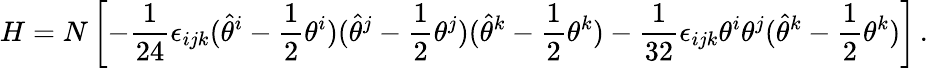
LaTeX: H=N\left[-\frac{1}{24}\epsilon_{ijk}(\hat{\theta}^{i}-\frac{1}{2}\theta^{i})(\hat{\theta}^{j}-\frac{1}{2}\theta^{j})(\hat{\theta}^{k}-\frac{1}{2}\theta^{k})-\frac{1}{32}\epsilon_{ijk}\theta^{i}\theta^{j}(\hat{\theta}^{k}-\frac{1}{2}\theta^{k})\right]\, .